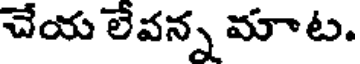
చేయ లేవన్న మాట.